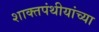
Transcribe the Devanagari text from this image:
शाक्तपंथीयांच्या